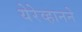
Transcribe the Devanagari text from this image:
येरेव्हानने